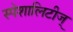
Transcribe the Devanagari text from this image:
स्पेशालिटीज्